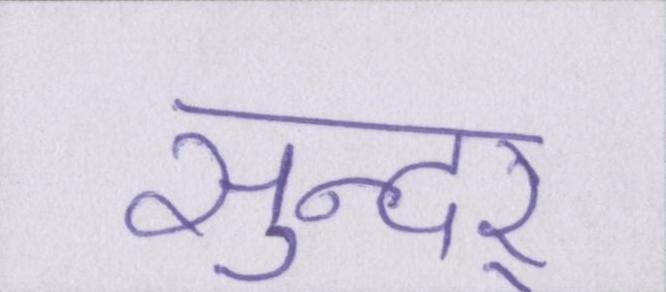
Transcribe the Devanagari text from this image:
सुन्दर्